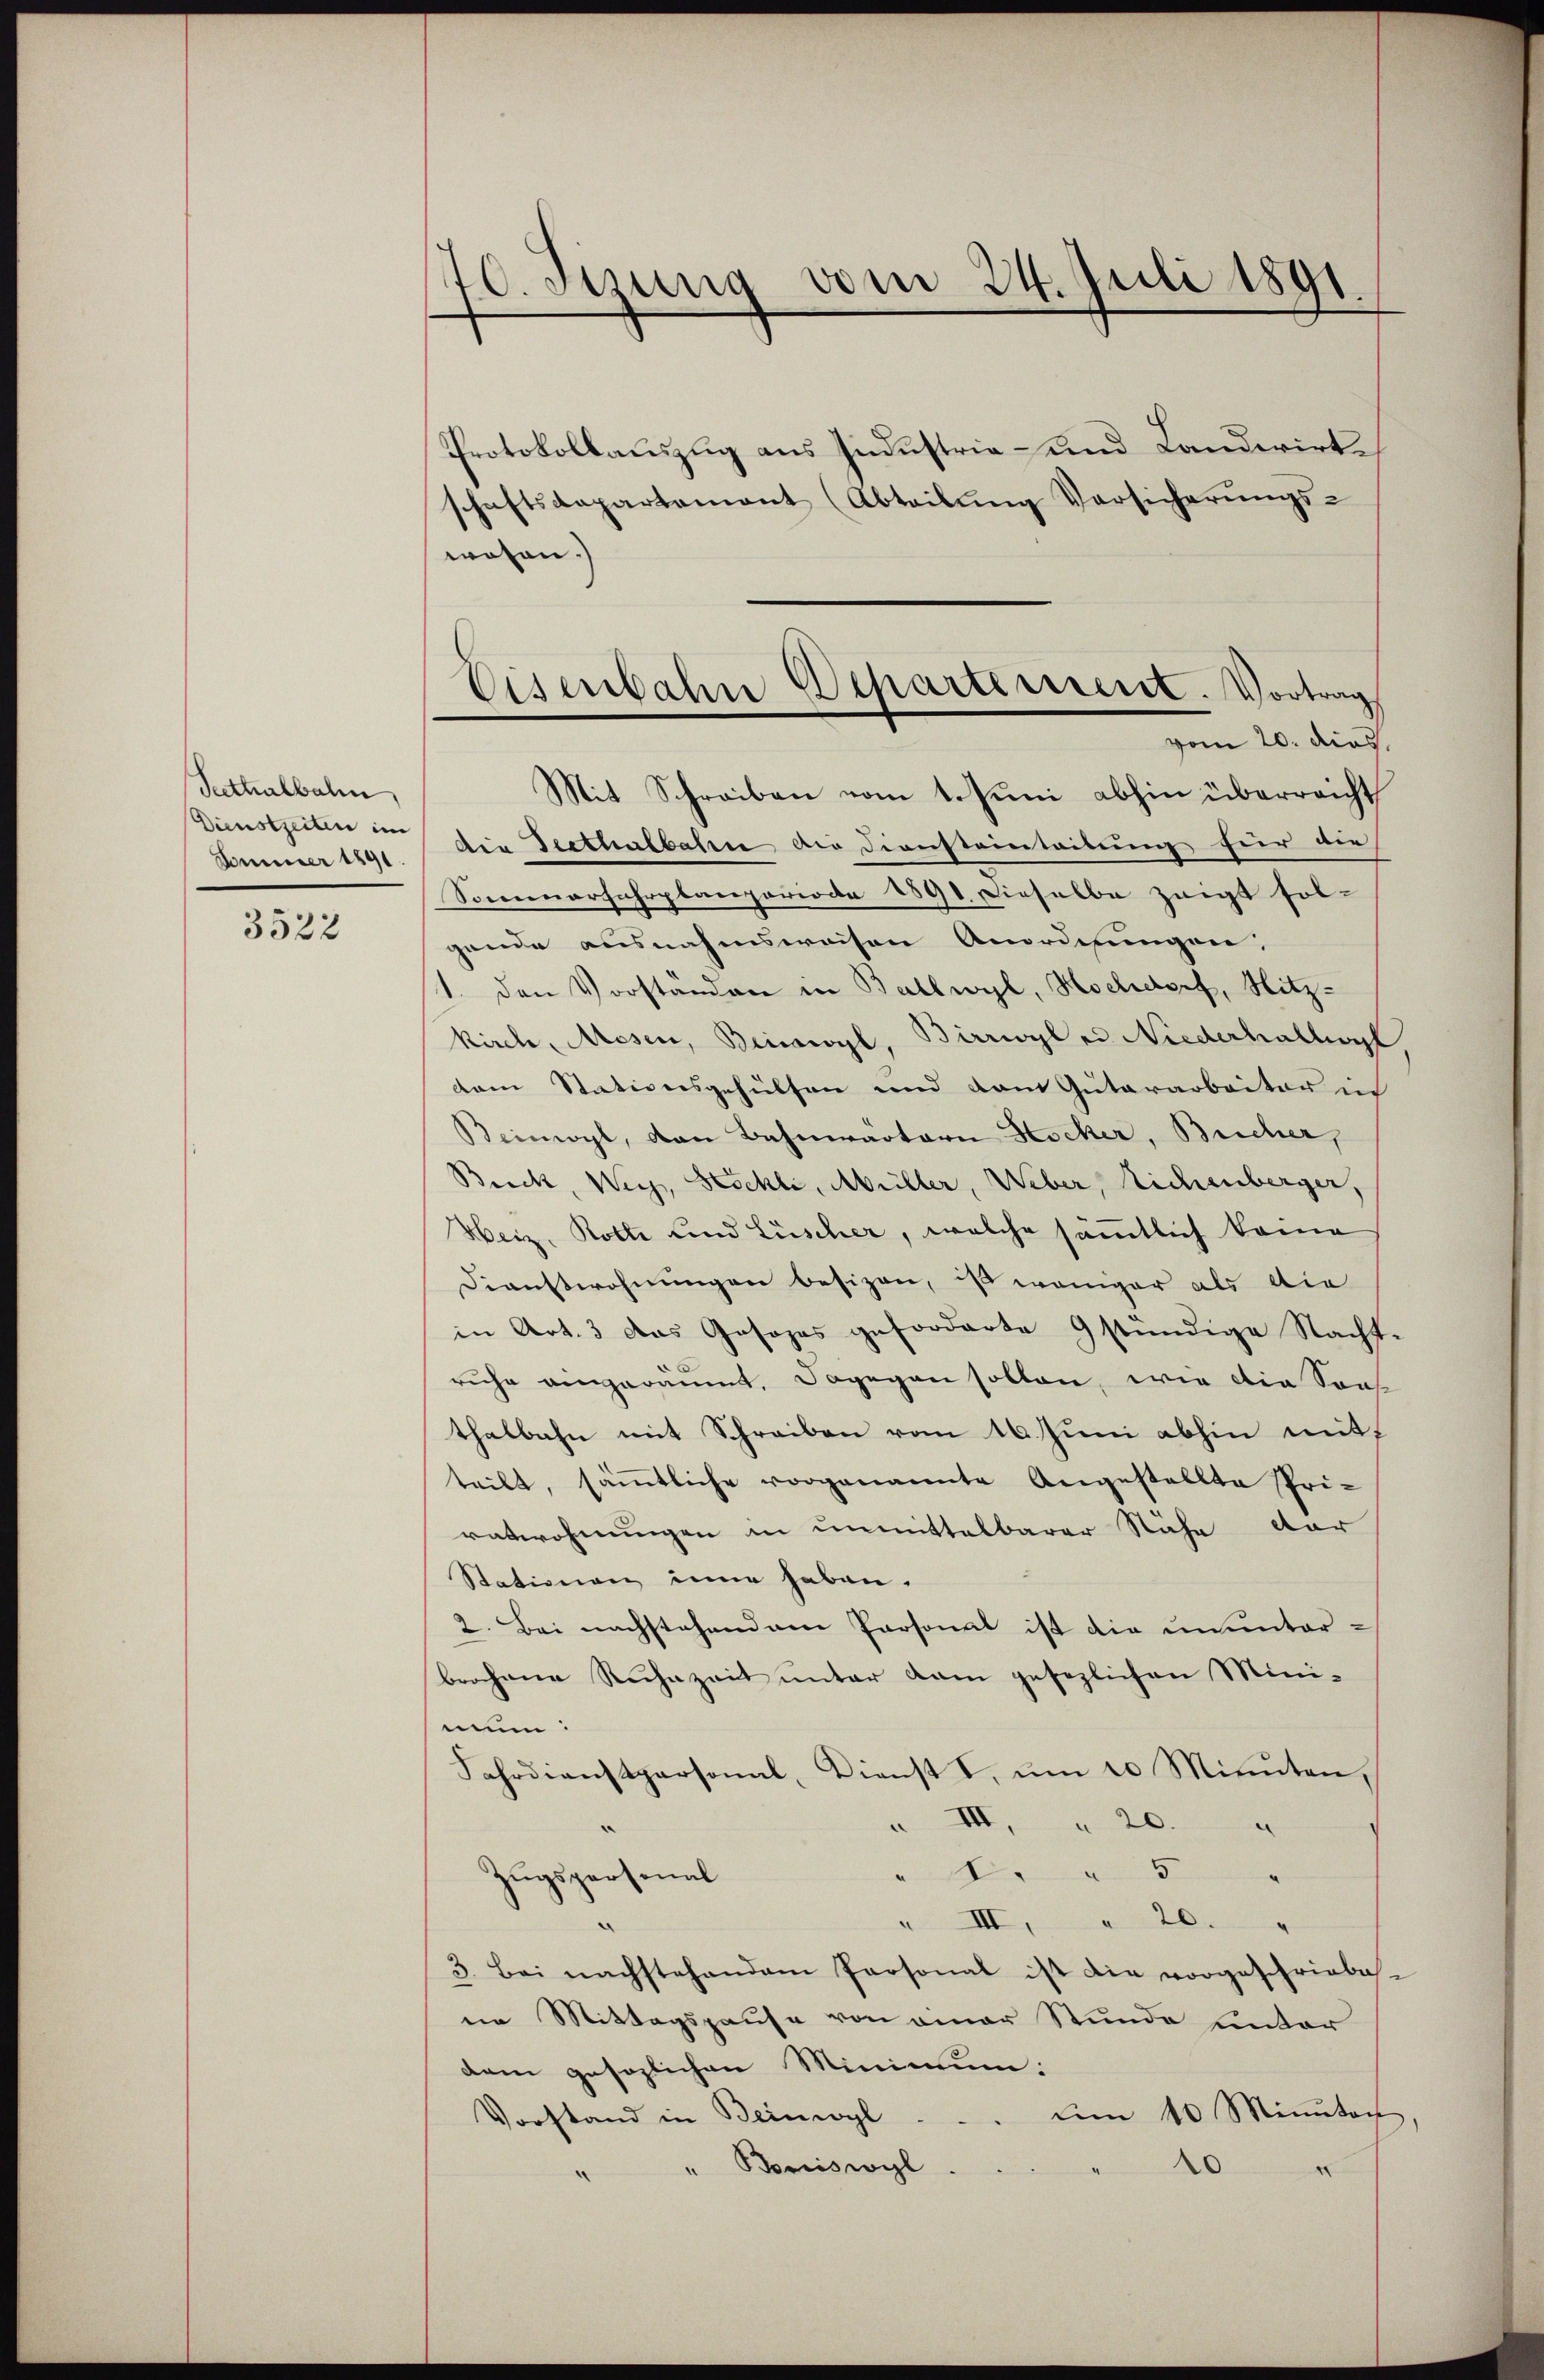
Seethalbahn,
Dienstzeiten im
Jomnmer 1891.

3522

70. Setzung vom 24. Juli 1891.

Protokollauszug aus Industria- und Landwirte
schaftsdepartement (Abteilŭng Versicherŭngs-
wohen.)
die Festhalbahre die Diensteinteilung für die
Sonnenerfahrplanperiode 1891. Dieselbe zeigt sol-
gende ausnahmsweisen Anordnungen:
1. den Vorständen in Ballwyl, Hochdorf, Hitz-
kirch, Mesen, Beinwyl, Birrwyl es Niederhallwyl
dem Stationsgehülfen und dem Gutararbeiter in
Beinwyl, von Bahnwartern Hocher, Bricher,
Brick, Weg, Geschli, Müller, Weber, Sichenberger,
Heiz, Rotte und Lüscher, welche sämmtlich keine
Dienstwohnungen besizen, ist weniger als die
in Art. 3 das Gesezes geforderte Gstündige Nacht-
ruhe angeräumt, dagegen sollen, wie die Son
thalbahn mit Schreiben vom 16. Juni abhin mit
teilt, sämmtliche vorgenannte Angestellte Priratwohnungen in unmittelbarer Nähe dar
Stationen inne haben.
2. Bei nachstehendem Personat ist die ununterbrochene Ruhezeit unter dam gesezlichen Minimun:
Fahrdienstpersonal, Dienst I, um 20 Minuten,
XII.
 20.
n
1 " 5
Zugspersonal
" III, " 20. "
3. Bei nachstehendem Personal ist die vorgeschriebe-
in Mittagspause von einer Stunde unter
dem gesezlichen Minimum:
um 10 Minuten.
Vorstand in Beinwyl
" Boniswyl
20
.

Eisenbahn Departement. Vortrag
vom 20. dies
Mit Schreiben vom 1. Juni abhin überreicht